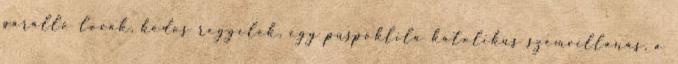
párálló lovak, ködös reggelek, egy püspöklila katolikus szemvillanás, a